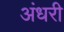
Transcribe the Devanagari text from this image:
अंधरी